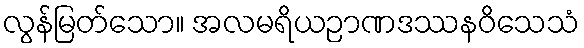
လွန်မြတ်သော။ အလမရိယဉာဏဒဿနဝိသေသံ